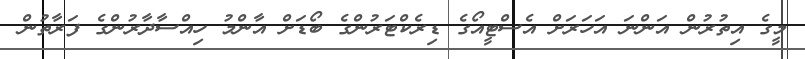
މީގެ އިތުރުން އަންނަ އަހަރަށް އެސްޓީއޯގެ ޑިރެކްޓަރުންގެ ބޯޑަށް އާންމު ހިއްސާދާރުންގެ ފަރާތުން